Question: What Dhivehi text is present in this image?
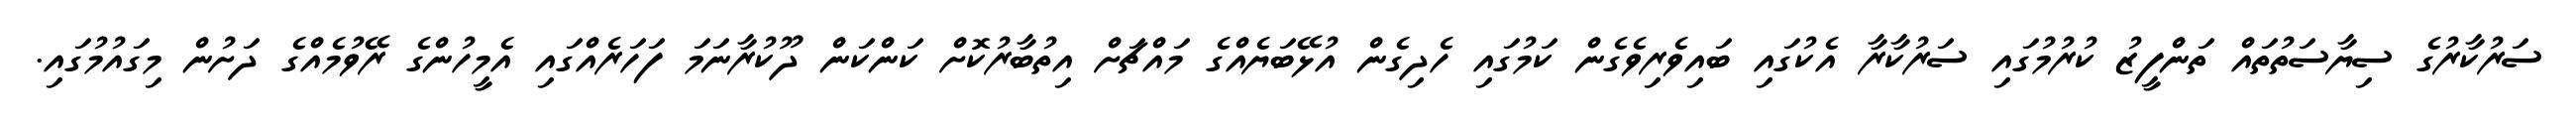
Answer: ސަރުކާރުގެ ސިޔާސަތުތައް ތަންފީޒު ކުރުމުގައި ސަރުކާރާ އެކުގައި ބައިވެރިވެގެން ކަމުގައި ހެދިގެން އުޅޭބަޔެއްގެ މައްޗަށް އިތުބާރުކޮށް ކަންކަން ދޫކުރާނަމަ ފަހަރެއްގައި އެމީހުންގެ ރޭވުމެއްގެ ދަށުން މިގައުމުގައި.